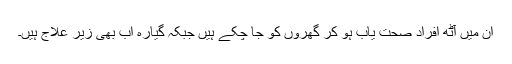
ان میں آٹھ افراد صحت یاب ہو کر گھروں کو جا چکے ہیں جبکہ گیارہ اب بھی زیر علاج ہیں۔